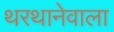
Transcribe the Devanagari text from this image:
थरथानेवाला